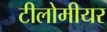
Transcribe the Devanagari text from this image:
टीलोमीयर